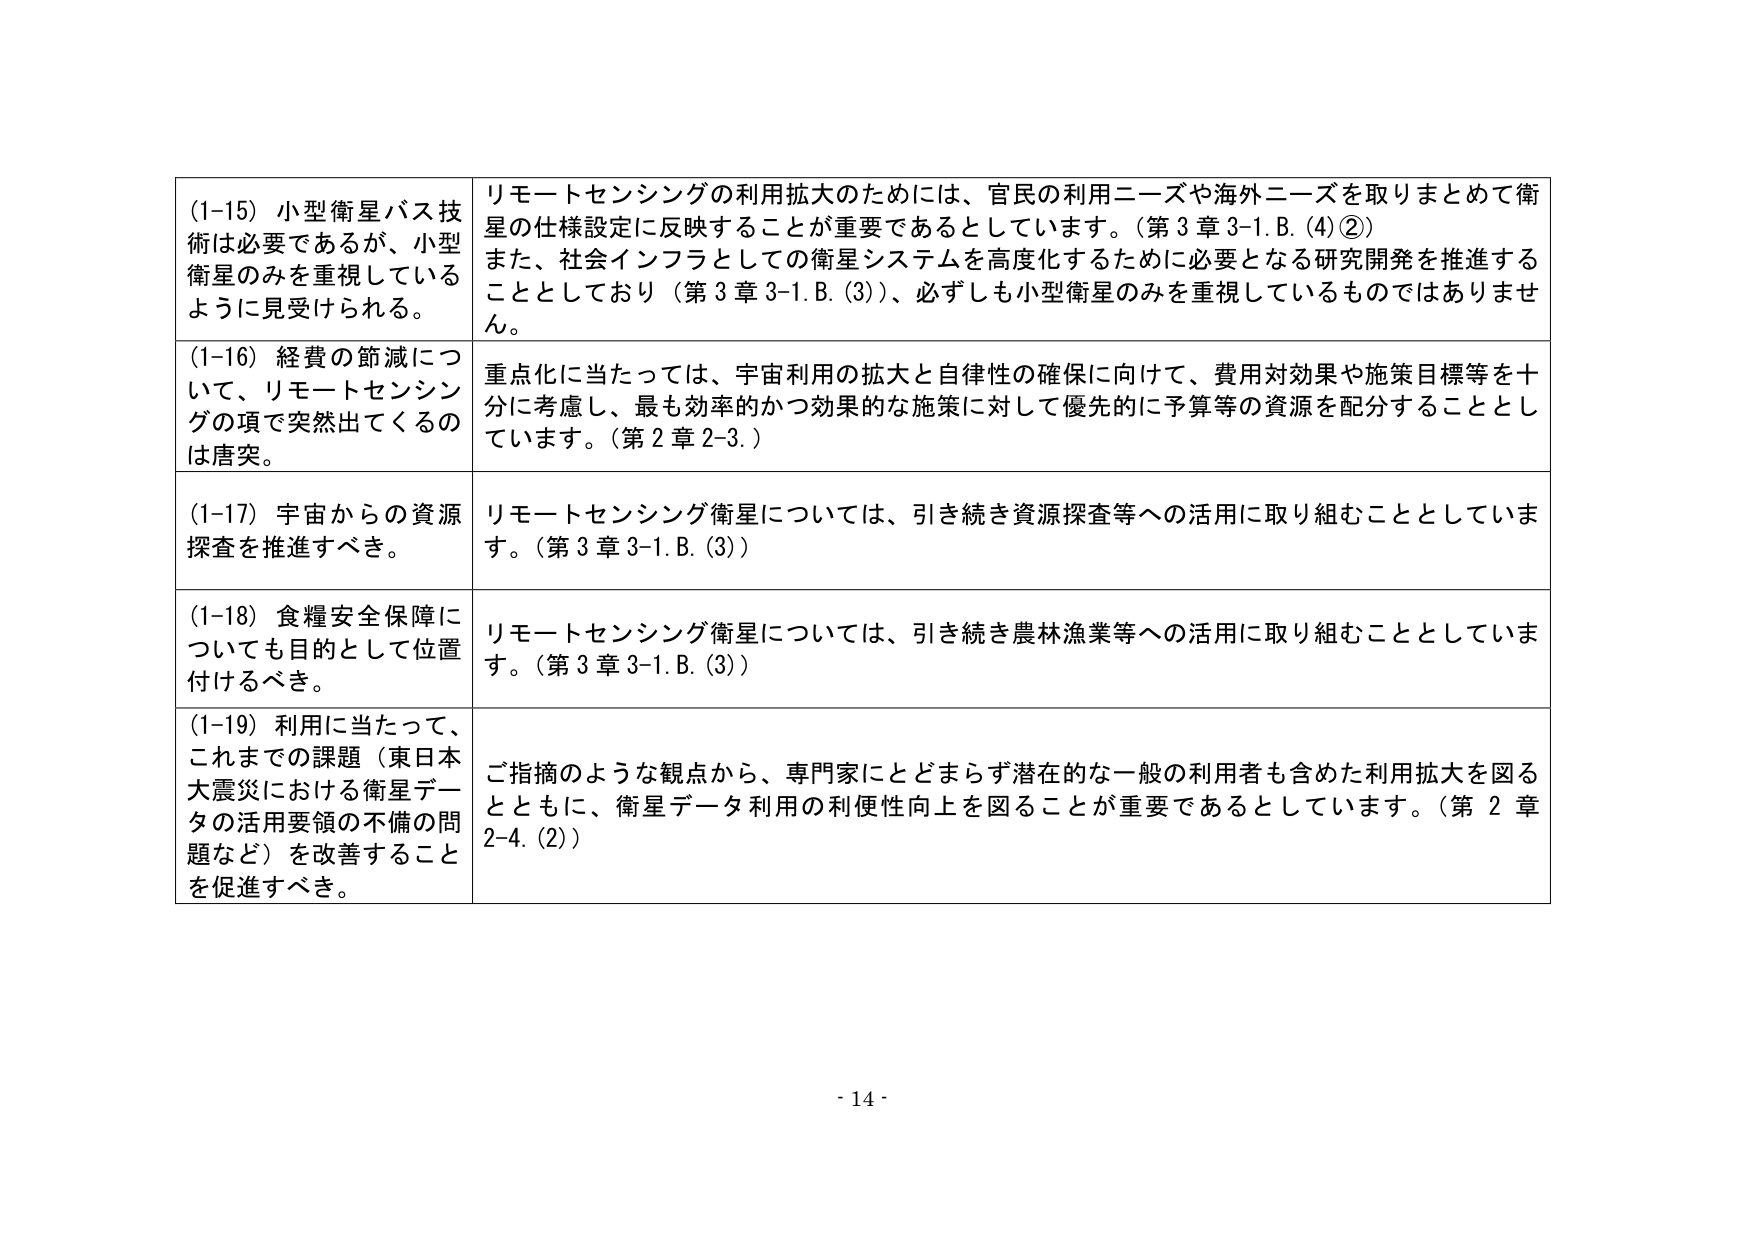
(1-15) 小型衛星バス技術は必要であるが、小型衛星のみを重視しているように見受けられる。

リモートセンシングの利用拡大のためには、官民の利用ニーズや海外ニーズを取りまとめて衛星の仕様設定に反映することが重要であるとしています。(第3章3-1.B.(4)②)
また、社会インフラとしての衛星システムを高度化するために必要となる研究開発を推進することとしており（第3章3-1.B.(3)）、必ずしも小型衛星のみを重視しているものではありません。

(1-16) 経費の節減について、リモートセンシングの項で突然出てくるのは唐突。

重点化に当たっては、宇宙利用の拡大と自律性の確保に向けて、費用対効果や施策目標等を十分に考慮し、最も効率的かつ効果的な施策に対して優先的に予算等の資源を配分することとしています。(第2章2-3.)

(1-17) 宇宙からの資源探査を推進すべき。

リモートセンシング衛星については、引き続き資源探査等への活用に取り組むこととしています。(第3章3-1.B.(3))

(1-18) 食糧安全保障についても目的として位置付けるべき。

リモートセンシング衛星については、引き続き農林漁業等への活用に取り組むこととしています。(第3章3-1.B.(3))

(1-19) 利用に当たって、これまでの課題（東日本大震災における衛星データの活用要領の不備の問題など）を改善することを促進すべき。

ご指摘のような観点から、専門家にとどまらず潜在的な一般の利用者も含めた利用拡大を図るとともに、衛星データ利用の利便性向上を図ることが重要であるとしています。(第2章2-4.(2))

- 14 -